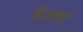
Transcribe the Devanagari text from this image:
है।हमारे